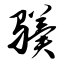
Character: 骥